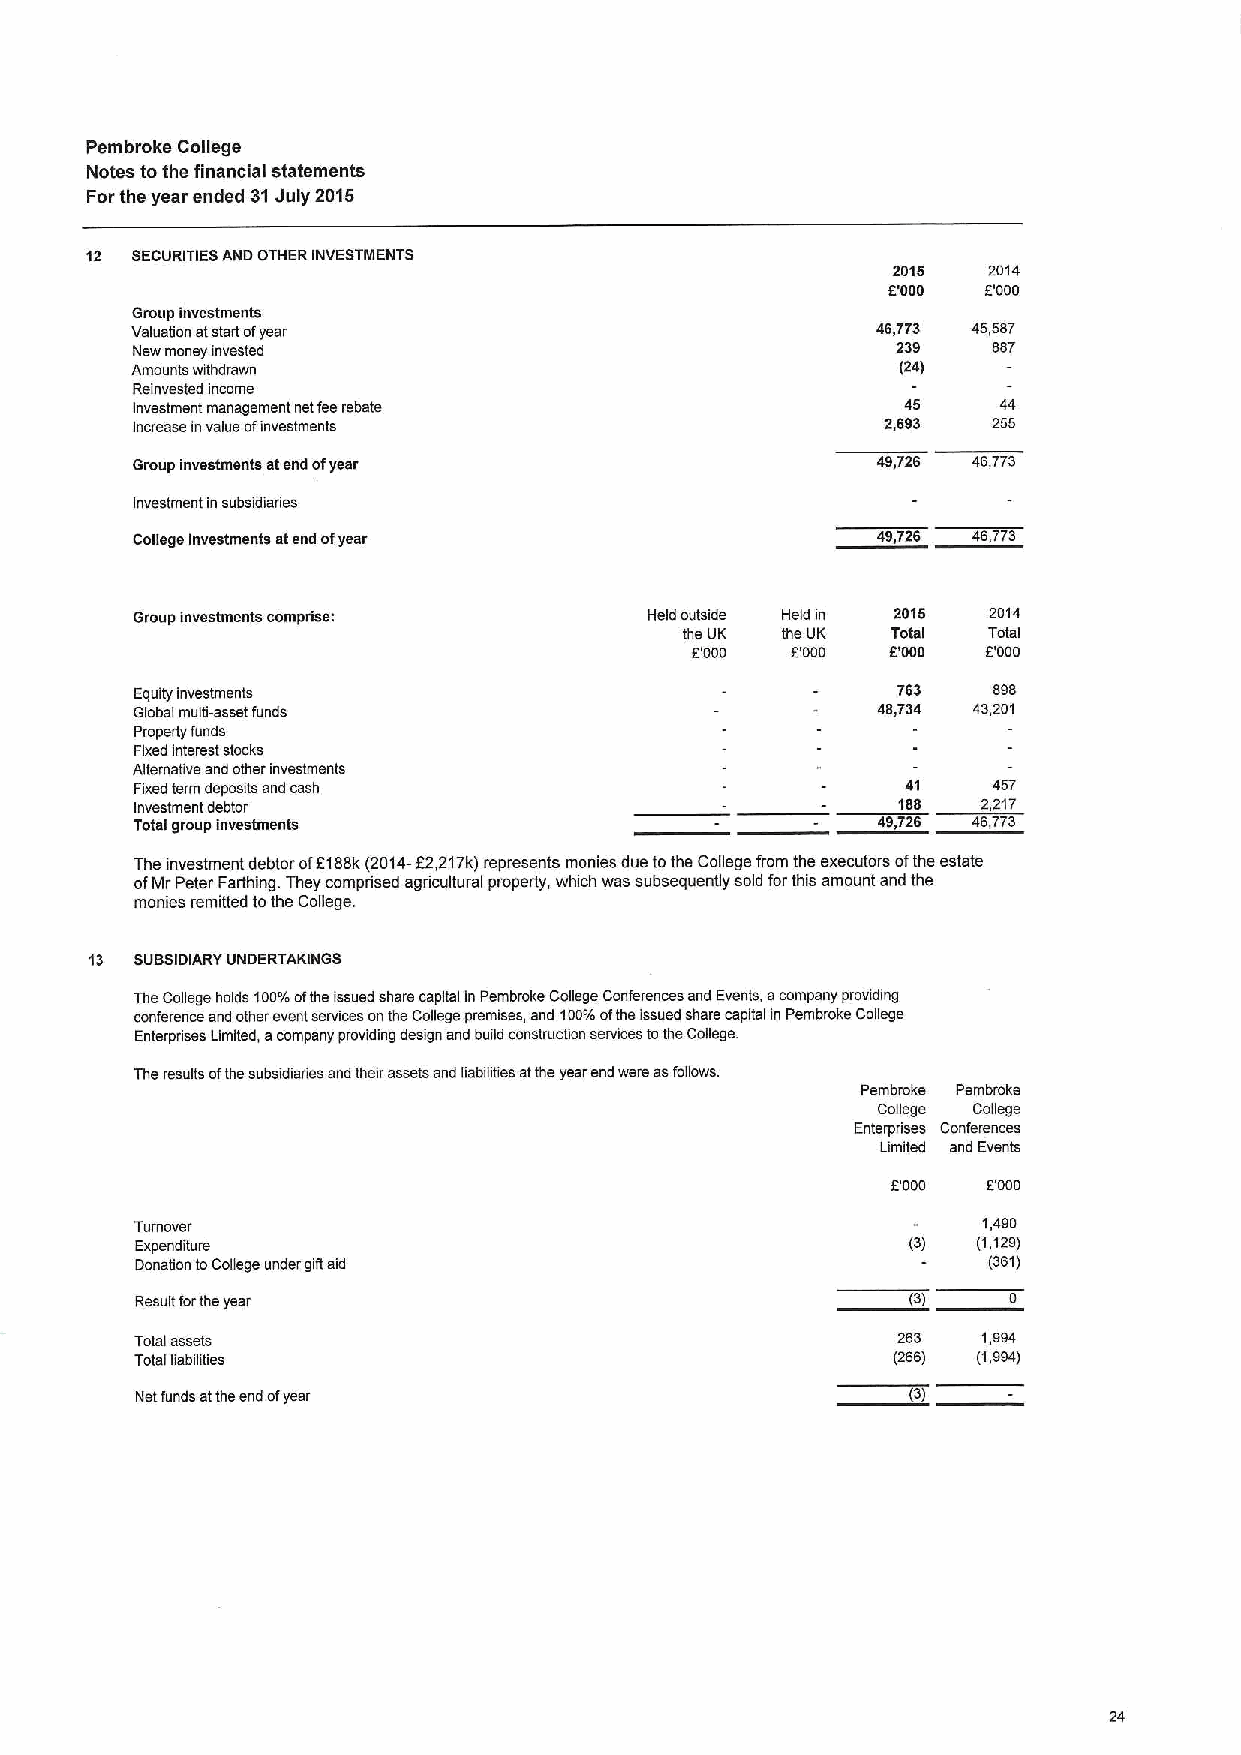
Pembroke College
 Notes tothe financial statements
 Forthe year ended 31July 2015
 12 SECURITIESAND OTHER INVESTMENTS
 2015  2014
 E'000 E.'000
 Group investments
 Valuation atstartofyear                          46,773 45,587
 New money invested                                239    887
 Amounts withdrawn                                  (24)
 Reinvested income
 Investment management netfeerebate                 45    44
 Increase invalue ofinvestments                    2,693  266
 Group investments atend ofyear                   49,726 46,773
 Investment in subsidianes
 College investments atend ofyear                 49,726 46,773
 Group investments comprise:       Held outside Held in 2015 2014
 the UK the UK Total Total
 E'000 E.'DDD DODD  E'DDD
 Equity investments                                763    898
 Global multi-asset funds                         48,734 43,201
 Property funds
 Fixed interest stocks
 Alternative and other investments
 Fixedterm deposits and cash                        41    457
 Investment debtor                                 188   2,217
 Total group investments                          49,726 46,773
 The investment debtor ofE188k(2D14-E2,217k)represents monies due tothe College from the executors ofthe estate
 ofMrPeter Farthing. They comprised agncultural property, which was subsequengy sold forthis amount and the
 monies remitted tothe College.
 13 SUSSIDIARY UNDERTAKINGS
 The College holds 100%ofthe issued share capital in Pembroke College Conferences and Events, acompany providing
 conference and other event services onthe College premises, and 1D0%ofthe issued share capital in Pembroke College
 Enterpnses Limited, acompany providing design and build construction services tothe College.
 The results ofthe subsidiaries and their assets and liabilities atthe year end were asfogows
 Pembroke Pembroke
 College College
 Enterpnses Conferences
 Limited and Events
 E'DDD EDDD
 Turnover                                                1,490
 Expenditure                                        (3)  (1,129)
 Donation toCollege under giftaid                        (361)
 Result fortheyear                                  (3)
 Total assets                                      263   1,994
 Total liabilities                                 (266) (1,994)
 Nat funds atthe end ofyear                         (3)
 24